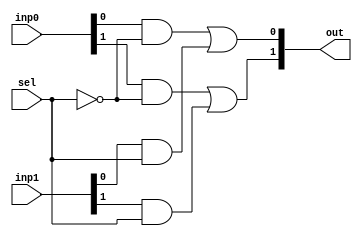
module Mux2x1_2bit (inp0, inp1, out, sel);
input [1:0] inp0;
input [1:0] inp1;
input sel;
output [1:0] out;

	wire selNot;
	not selNotGate (selNot, sel);

	wire i0, i1;
	and andi0 (i0, inp0[0], selNot);
	and andi1 (i1, inp1[0], sel);
	or orOut0 (out[0], i0, i1);

	wire j0, j1;
	and andj0 (j0, inp0[1], selNot);
	and andj1 (j1, inp1[1], sel);
	or orOut1 (out[1], j0, j1);

endmodule